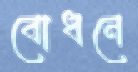
বোধনে